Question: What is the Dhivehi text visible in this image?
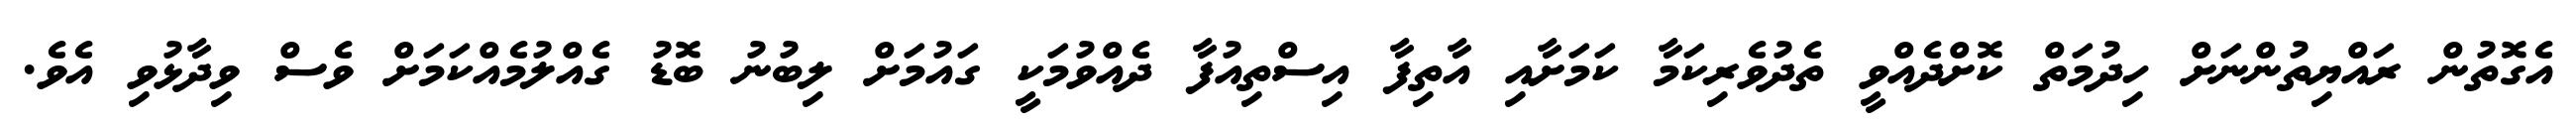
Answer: އެގޮތުން ރައްޔިތުންނަށް ހިދުމަތް ކޮށްދެއްވީ ތެދުވެރިކަމާ ކަމަށާއި އާތިފާ އިސްތިއުފާ ދެއްވުމަކީ ގައުމަށް ލިބުނު ބޮޑު ގެއްލުމެއްކަމަށް ވެސް ވިދާޅުވި އެވެ.